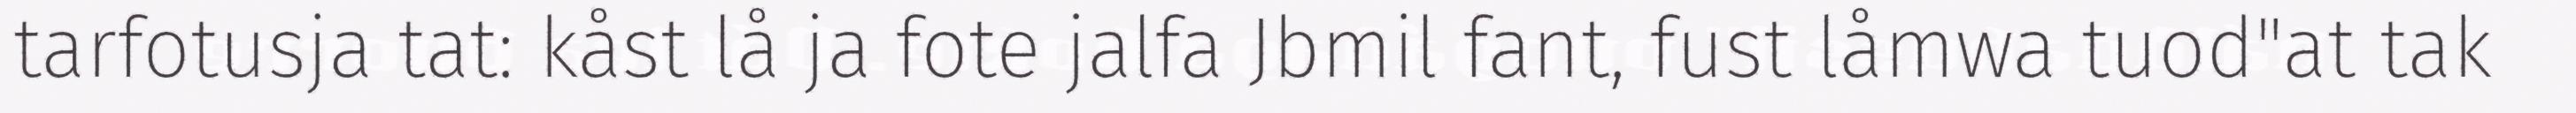
tarfotusja tat: kåst lå ja fote jalfa Jbmil fant, fust låmwa tuod"at tak